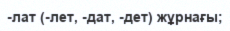
-лат (-лет, -дат, -дет) жұрнағы;